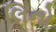
લિનો